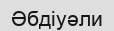
Әбдіуәли